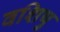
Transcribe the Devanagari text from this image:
वशिषु